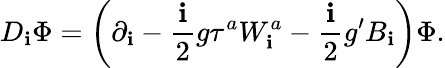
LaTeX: D_{\mathbf{i}}\Phi=\left(\partial_{\mathbf{i}}-\frac{{\mathbf{i}}}{{2}}g\tau^{a}W_{\mathbf{i}}^{a}-\frac{{\mathbf{i}}}{{2}}g^{\prime}B_{\mathbf{i}}\right)\Phi.